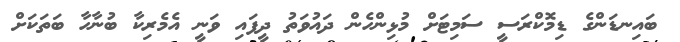
ބައިނޑަންގެ ޑިމޮކްރަސީ ސަމިޓަށް މުޅިންހެން ދައުވަތު ދީފައި ވަނީ އެމެރިކާ ބުނާހާ ބަތަކަށް